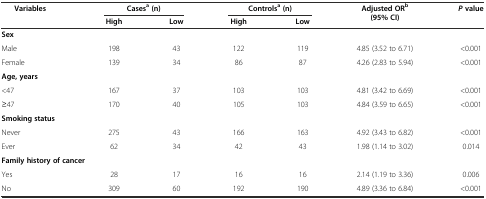
<table><thead><tr><td rowspan="2"><b>Variables</b></td><td colspan="2"><b>Cases<sup>a</sup>(n)</b></td><td colspan="2"><b>Controls<sup>a</sup>(n)</b></td><td rowspan="2"><b>Adjusted OR<sup>b</sup>(95% CI)</b></td><td rowspan="2"><b><i>P</i>value</b></td></tr><tr><td><b>High</b></td><td><b>Low</b></td><td><b>High</b></td><td><b>Low</b></td></tr></thead><tbody><tr><td><b>Sex</b></td><td></td><td></td><td></td><td></td><td></td><td></td></tr><tr><td>Male</td><td>198</td><td>43</td><td>122</td><td>119</td><td>4.85 (3.52 to 6.71)</td><td>&lt;0.001</td></tr><tr><td>Female</td><td>139</td><td>34</td><td>86</td><td>87</td><td>4.26 (2.83 to 5.94)</td><td>&lt;0.001</td></tr><tr><td><b>Age, years</b></td><td></td><td></td><td></td><td></td><td></td><td></td></tr><tr><td>&lt;47</td><td>167</td><td>37</td><td>103</td><td>103</td><td>4.81 (3.42 to 6.69)</td><td>&lt;0.001</td></tr><tr><td>≥47</td><td>170</td><td>40</td><td>105</td><td>103</td><td>4.84 (3.59 to 6.65)</td><td>&lt;0.001</td></tr><tr><td><b>Smoking status</b></td><td></td><td></td><td></td><td></td><td></td><td></td></tr><tr><td>Never</td><td>275</td><td>43</td><td>166</td><td>163</td><td>4.92 (3.43 to 6.82)</td><td>&lt;0.001</td></tr><tr><td>Ever</td><td>62</td><td>34</td><td>42</td><td>43</td><td>1.98 (1.14 to 3.02)</td><td>0.014</td></tr><tr><td colspan="2"><b>Family history of cancer</b></td><td></td><td></td><td></td><td></td><td></td></tr><tr><td>Yes</td><td>28</td><td>17</td><td>16</td><td>16</td><td>2.14 (1.19 to 3.36)</td><td>0.006</td></tr><tr><td>No</td><td>309</td><td>60</td><td>192</td><td>190</td><td>4.89 (3.36 to 6.84)</td><td>&lt;0.001</td></tr></tbody></table>